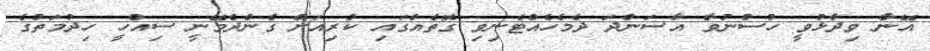
އޭނާ ވިދާޅުވީ ހުސްނުވާ އާސަންދަ ދެމެހެއްޓެނިވި ގޮތެއްގައި ކުރިއަށް ގެންދެވޭނީ ސިއްހީ ހިދުމަތުގެ